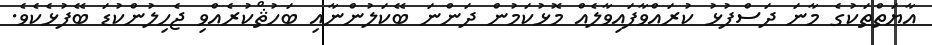
އާޔަތްތަކުގެ މާނަ ދަސްފުޅު ކުރައްވާފައިވާލެއް މޮޅުކަމުން ދަންނަ ބޭކަލުންނާއި ބަހުޘްކުރެއްވި ޖެހިލުންކުޑަ ބޭފުޅެކެވެ.